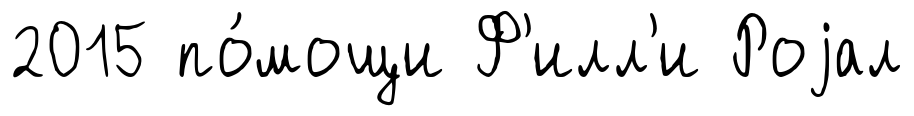
2015 по́мощи Ф'илл'и Роjал